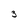
Character: 3